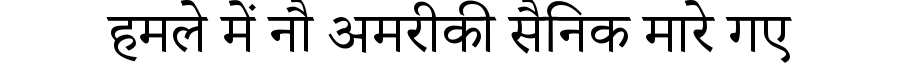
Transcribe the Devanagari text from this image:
हमले में नौ अमरीकी सैनिक मारे गए